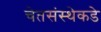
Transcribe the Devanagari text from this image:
चेतसंस्थेकडे